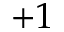
+ 1